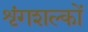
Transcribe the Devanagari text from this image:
शृंगशल्कों